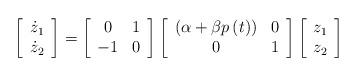
LaTeX: \begin{align*}\left[ \begin{array}{c}\dot{z}_{1} \\ \dot{z}_{2}\end{array}\right] =\left[ \begin{array}{cc}0 & 1 \\ -1 & 0\end{array}\right] \left[ \begin{array}{cc}\left( \alpha +\beta p\left( t\right) \right) & 0 \\ 0 & 1\end{array}\right] \left[ \begin{array}{c}z_{1} \\ z_{2}\end{array}\right] \end{align*}